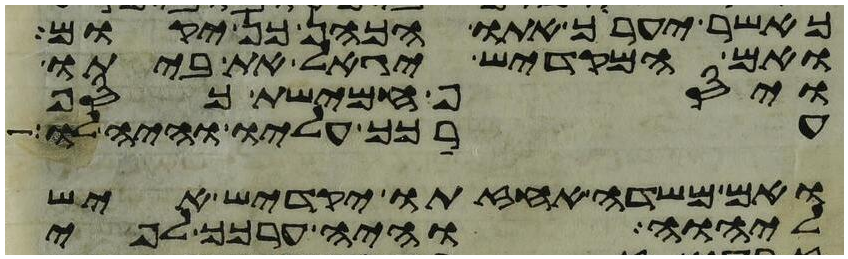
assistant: כאשר יעריך אתו הכהן כן יקום
ואם המקדיש יגאל את ביתו
ויסף חמישת כסף
ערכך עליו והיה לו
ואם משדה אחזתו יקדיש איש
ליהוה והיה ערכך לפי